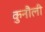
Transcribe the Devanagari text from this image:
कुनौली